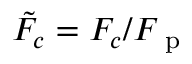
\tilde { F } _ { c } = F _ { c } / F _ { \mathrm { ~ p ~ } }